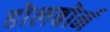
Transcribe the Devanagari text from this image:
होलबोर्न